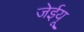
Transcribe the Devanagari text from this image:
जेईयू